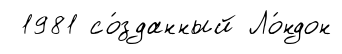
1981 со́зданный Ло́ндон